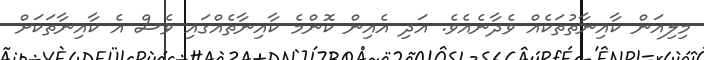
މިލިއަން ކާއިނާތުތަކެއް ވެދާނެއެވެ. އަދި އެއިން ކޮންމެ ކާއިނާތެއްގައި ވެސް އެ ކާއިނާތަކަށް